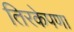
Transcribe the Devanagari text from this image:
तिरकेपणा